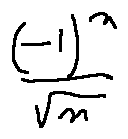
\frac { ( - 1 ) ^ { n } } { \sqrt { n } }